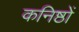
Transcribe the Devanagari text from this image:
कनिष्ठों